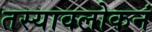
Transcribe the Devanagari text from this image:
तस्यावलोकनं